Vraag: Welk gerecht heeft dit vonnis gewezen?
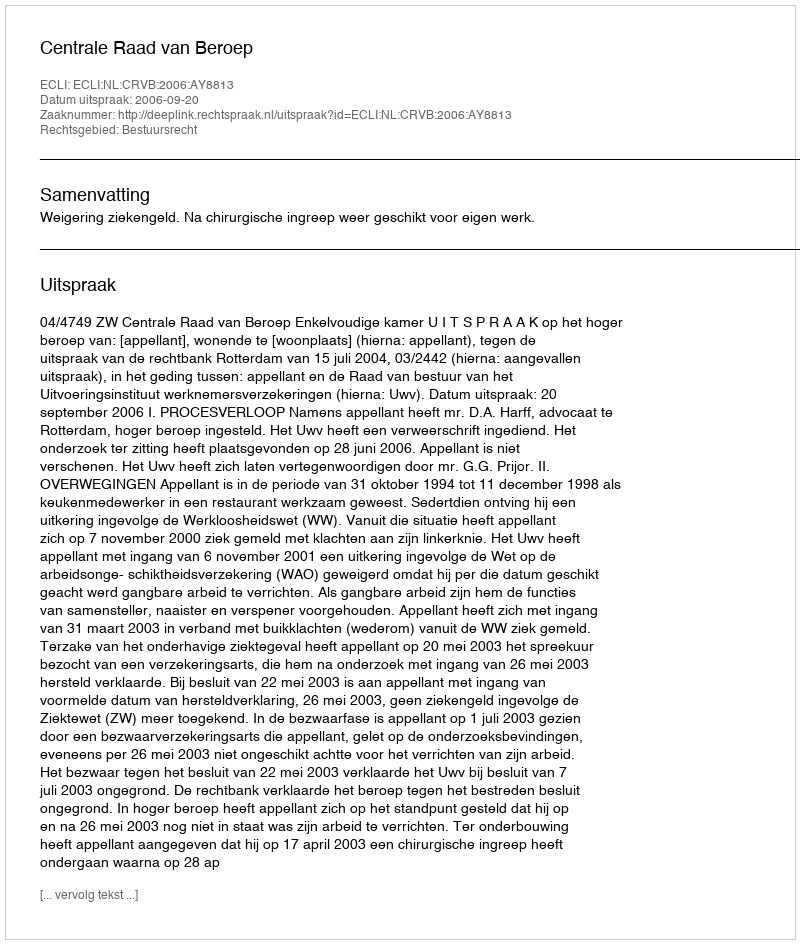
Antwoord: Centrale Raad van Beroep